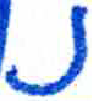
אות: נ